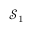
\mathcal { S } _ { 1 }